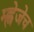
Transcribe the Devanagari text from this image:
म्ह्णेजेच